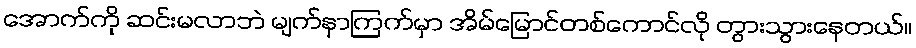
အောက်ကို ဆင်းမလာဘဲ မျက်နှာကြက်မှာ အိမ်မြောင်တစ်ကောင်လို တွားသွားနေတယ်။